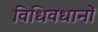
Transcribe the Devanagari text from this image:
विधिवधानों